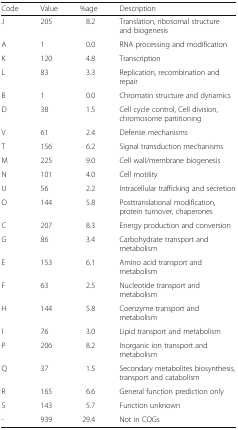
<table><thead><tr><td><b>Code</b></td><td><b>Value</b></td><td><b>%age</b></td><td><b>Description</b></td></tr></thead><tbody><tr><td>J</td><td>205</td><td>8.2</td><td>Translation, ribosomal structure and biogenesis</td></tr><tr><td>A</td><td>1</td><td>0.0</td><td>RNA processing and modification</td></tr><tr><td>K</td><td>120</td><td>4.8</td><td>Transcription</td></tr><tr><td>L</td><td>83</td><td>3.3</td><td>Replication, recombination and repair</td></tr><tr><td>B</td><td>1</td><td>0.0</td><td>Chromatin structure and dynamics</td></tr><tr><td>D</td><td>38</td><td>1.5</td><td>Cell cycle control, Cell division, chromosome partitioning</td></tr><tr><td>V</td><td>61</td><td>2.4</td><td>Defense mechanisms</td></tr><tr><td>T</td><td>156</td><td>6.2</td><td>Signal transduction mechanisms</td></tr><tr><td>M</td><td>225</td><td>9.0</td><td>Cell wall/membrane biogenesis</td></tr><tr><td>N</td><td>101</td><td>4.0</td><td>Cell motility</td></tr><tr><td>U</td><td>56</td><td>2.2</td><td>Intracellular trafficking and secretion</td></tr><tr><td>O</td><td>144</td><td>5.8</td><td>Posttranslational modification, protein turnover, chaperones</td></tr><tr><td>C</td><td>207</td><td>8.3</td><td>Energy production and conversion</td></tr><tr><td>G</td><td>86</td><td>3.4</td><td>Carbohydrate transport and metabolism</td></tr><tr><td>E</td><td>153</td><td>6.1</td><td>Amino acid transport and metabolism</td></tr><tr><td>F</td><td>63</td><td>2.5</td><td>Nucleotide transport and metabolism</td></tr><tr><td>H</td><td>144</td><td>5.8</td><td>Coenzyme transport and metabolism</td></tr><tr><td>I</td><td>76</td><td>3.0</td><td>Lipid transport and metabolism</td></tr><tr><td>P</td><td>206</td><td>8.2</td><td>Inorganic ion transport and metabolism</td></tr><tr><td>Q</td><td>37</td><td>1.5</td><td>Secondary metabolites biosynthesis, transport and catabolism</td></tr><tr><td>R</td><td>165</td><td>6.6</td><td>General function prediction only</td></tr><tr><td>S</td><td>143</td><td>5.7</td><td>Function unknown</td></tr><tr><td>-</td><td>939</td><td>29.4</td><td>Not in COGs</td></tr></tbody></table>